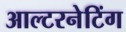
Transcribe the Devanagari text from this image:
आल्टरनेटिंग